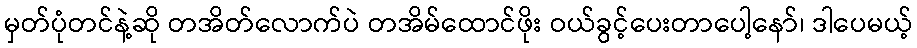
မှတ်ပုံတင်နဲ့ဆို တအိတ်လောက်ပဲ တအိမ်ထောင်ဖိုး ဝယ်ခွင့်ပေးတာပေါ့နော်၊ ဒါပေမယ့်